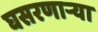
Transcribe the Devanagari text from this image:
घसरणाऱ्या